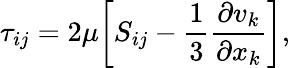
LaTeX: \tau_{ij}=2\mu\bigg[S_{ij}-\frac{1}{3}\frac{\partial v_{k}}{\partial x_{k}}\bigg],